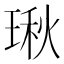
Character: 𤧐